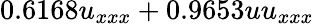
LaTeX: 0.6168u_{xxx}+0.9653uu_{xxx}